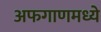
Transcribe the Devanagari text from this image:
अफगाणमध्ये